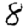
Digit: 8